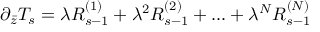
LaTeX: \partial _ { \bar { z } } T _ { s } = \lambda R _ { s - 1 } ^ { ( 1 ) } + \lambda ^ { 2 } R _ { s - 1 } ^ { ( 2 ) } + . . . + \lambda ^ { N } R _ { s - 1 } ^ { ( N ) }